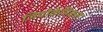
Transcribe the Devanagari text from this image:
जियोकेमिकल